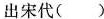
出宋代( )